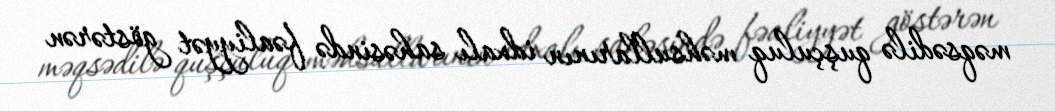
məqsədilə quşçuluq məhsullarının idxalı sahəsində fəaliyyət göstərən